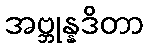
အဗ္ဘုန္နဒိတာ